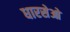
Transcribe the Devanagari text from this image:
धारसेओ